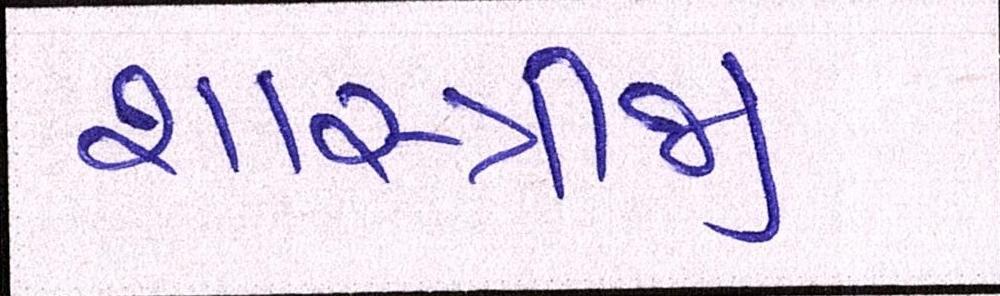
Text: શાસ્ત્રીજી